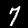
Digit: 7